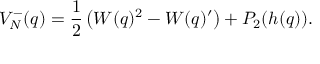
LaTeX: V _ { \cal N } ^ { - } ( q ) = \frac 1 2 \left( W ( q ) ^ { 2 } - W ( q ) ^ { \prime } \right) + P _ { 2 } ( h ( q ) ) .